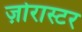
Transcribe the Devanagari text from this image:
ज़ोरास्टर